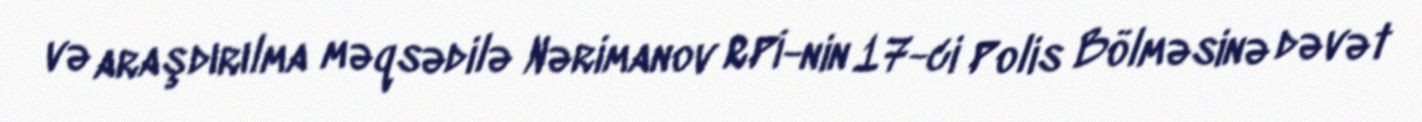
və araşdırılma məqsədilə Nərimanov RPİ-nin 17-ci Polis Bölməsinə dəvət